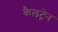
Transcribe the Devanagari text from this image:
कैलट्रेन